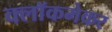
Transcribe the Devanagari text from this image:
क्लॉकमेकर